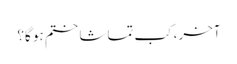
آخر، کب تماشا ختم ہو گا؟